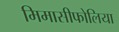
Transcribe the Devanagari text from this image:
मिमासीफोलिया